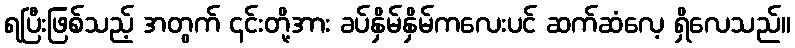
ရပြီးဖြစ်သည့် အတွက် ၎င်းတို့အား ခပ်နှိမ်နှိမ်ကလေးပင် ဆက်ဆံလေ့ ရှိလေသည်။